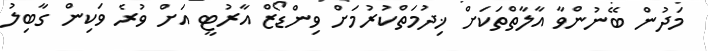
މަދުން ބޭނުންވާ އާލާތްތަކަށް ޚިދުމަތްކުރުމަށް ވިންޑޯޒް އާރުޓީ އަށް ވުރެ ވަކިން ގާބިލު